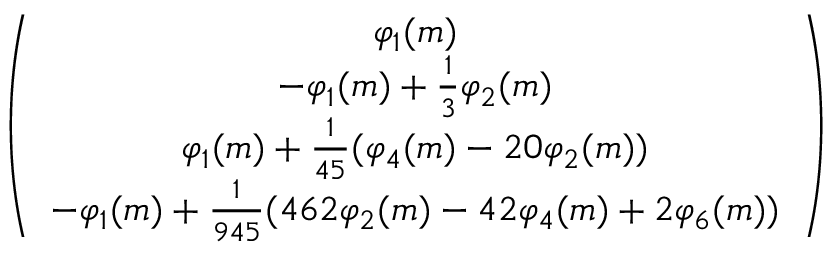
\begin{array} { r } { \left( \begin{array} { c } { \varphi _ { 1 } ( m ) } \\ { - \varphi _ { 1 } ( m ) + \frac { 1 } { 3 } \varphi _ { 2 } ( m ) } \\ { \varphi _ { 1 } ( m ) + \frac { 1 } { 4 5 } ( \varphi _ { 4 } ( m ) - 2 0 \varphi _ { 2 } ( m ) ) } \\ { - \varphi _ { 1 } ( m ) + \frac { 1 } { 9 4 5 } ( 4 6 2 \varphi _ { 2 } ( m ) - 4 2 \varphi _ { 4 } ( m ) + 2 \varphi _ { 6 } ( m ) ) } \end{array} \right) } \end{array}